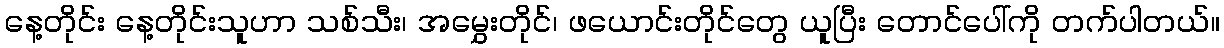
နေ့တိုင်း နေ့တိုင်းသူဟာ သစ်သီး၊ အမွှေးတိုင်၊ ဖယောင်းတိုင်တွေ ယူပြီး တောင်ပေါ်ကို တက်ပါတယ်။